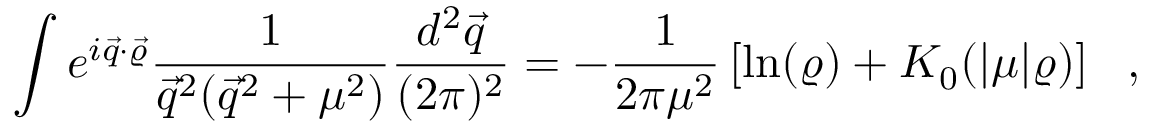
\int e ^ { i \vec { q } \cdot \vec { \varrho } } \frac { 1 } { \vec { q } ^ { 2 } ( \vec { q } ^ { 2 } + \mu ^ { 2 } ) } \frac { d ^ { 2 } \vec { q } } { ( 2 \pi ) ^ { 2 } } = - \frac { 1 } { 2 \pi \mu ^ { 2 } } \left[ \ln ( \varrho ) + K _ { 0 } ( | \mu | \varrho ) \right] ~ ~ ,